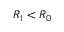
R _ { 1 } < R _ { 0 }